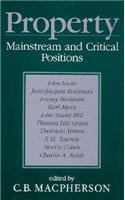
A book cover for Property: Mainstream and Critical Positions; Law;